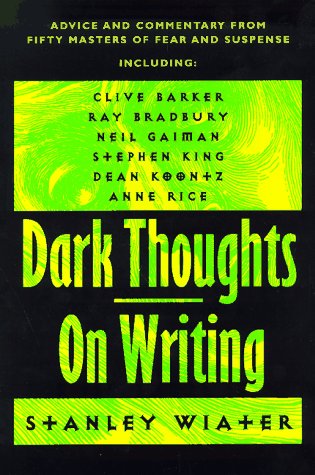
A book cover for Dark Thoughts on Writing: Advice and Commentary from Fifty Masters of Fear and Suspense; Mystery, Thriller & Suspense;